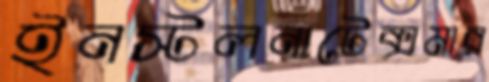
ইনস্টলনাটেক্সমার